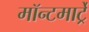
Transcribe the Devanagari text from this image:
मॉन्टमार्ट्रे